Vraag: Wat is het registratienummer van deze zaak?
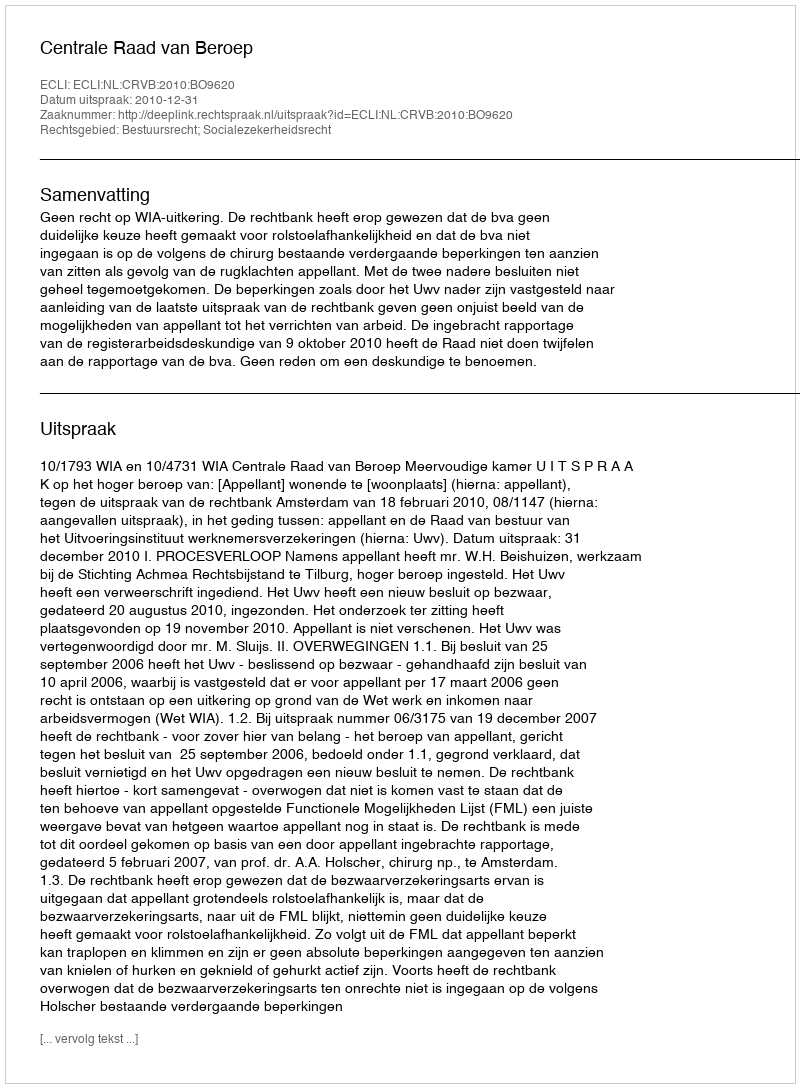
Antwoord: http://deeplink.rechtspraak.nl/uitspraak?id=ECLI:NL:CRVB:2010:BO9620